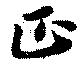
正